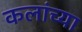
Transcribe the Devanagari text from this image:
कलांच्‍या